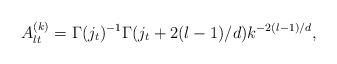
LaTeX: \begin{align*}A_{lt}^{(k)}= \Gamma(j_t)^{-1} \Gamma(j_t+2(l-1)/d)k^{-2(l-1)/d},\end{align*}